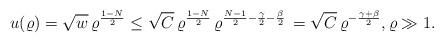
LaTeX: \begin{align*}u(\varrho)=\sqrt{w}\, \varrho^\frac{1-N}{2}\le \sqrt{C}\, \varrho^\frac{1-N}{2}\,\varrho^{\frac{N-1}{2}-\frac{\gamma}{2}-\frac{\beta}{2}}\,=\sqrt{C}\, \varrho^{-\frac{\gamma+\beta}{2}},\varrho\gg 1.\end{align*}